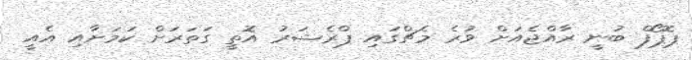
ޕޮޕޯފް ބުނީ ރާއްޖެއަށް ވުރެ މެޗްގައި ޕްރެޝަރު އޮތީ ގަތަރަށް ކަމަށާއި އެއީ